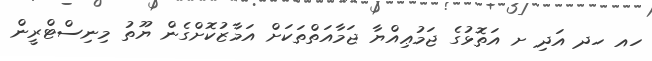
ހއ ހދ އަދި ށ އަތޮޅުގެ ޖަމުޢިއްޔާ ޖަމާއަތްތަކަށް އަމާޒުކޮށްގެން ޔޫތު މިނިސްޓްރީން